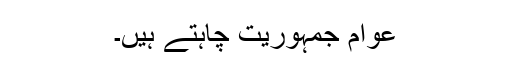
عوام جمہوریت چاہتے ہیں۔